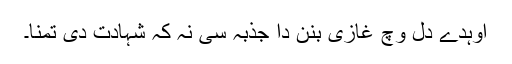
اوہدے دل وچ غازی بنن دا جذبہ سی نہ کہ شہادت دی تمنا۔